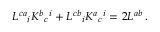
L ^ { c a } { } _ { i } K ^ { b } { } _ { c } { } ^ { i } + L ^ { c b } { } _ { i } K ^ { a } { } _ { c } { } ^ { i } = 2 L ^ { a b } \, .